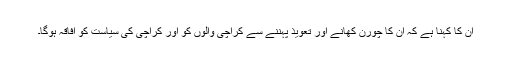
ان کا کہنا ہے کہ ان کا چورن کھانے اور تعویذ پہننے سے کراچی والوں کو اور کراچی کی سیاست کو افاقہ ہوگا۔